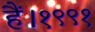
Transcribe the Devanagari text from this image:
हैं।१९९१